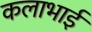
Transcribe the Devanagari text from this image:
कलाभाई